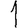
Digit: 1